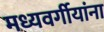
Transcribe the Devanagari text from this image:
मध्यवर्गीयांना